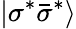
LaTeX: |\sigma^{\ast}\bar{\sigma}^{\ast}\rangle